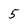
Character: 5